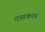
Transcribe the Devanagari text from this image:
दसकार